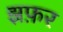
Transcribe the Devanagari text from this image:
झफ़र